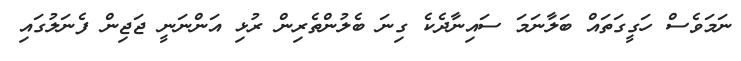
ނަމަވެސް ހަގީގަތައް ބަލާނަމަ ސައިނާދެކެ ގިނަ ބެލުންތެރިން ރުޅި އަންނަނީ ޖަޖިން ފެނަލުގައި